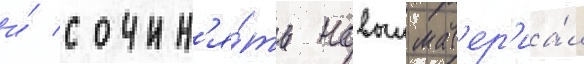
и́ сочин'я́ть новыи мат'ер'иа́л